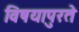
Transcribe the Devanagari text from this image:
विषयापुरते